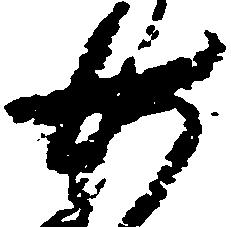
廿